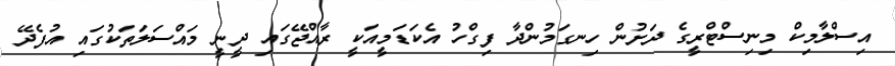
އިސްލާމިކް މިނިސްޓްރީގެ ދަށުން ހިނގަމުންދާ ފިގްހު އެކަޑަމީއަކީ ރާއްޖޭގައި ދީނީ މައްސަލަތަކުގައި އުފެދޭ